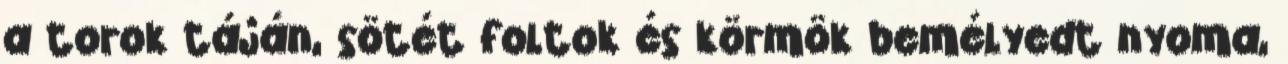
a torok táján, sötét foltok és körmök bemélyedt nyoma,